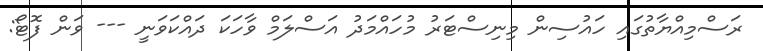
ރަސްމިއްޔާތުގައި ހައުސިން މިނިސްޓަރު މުހައްމަދު އަސްލަމް ވާހަކަ ދައްކަވަނީ --- ވަން ފޮޓޯ: